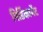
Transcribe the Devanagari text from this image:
पिर्डिकामेंट